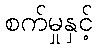
စက်မှုနှင့်